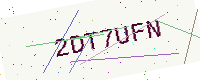
Text: 2DT7UFN